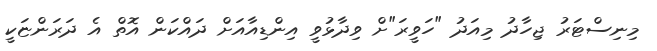
މިނިސްޓަރު ޖިހާދު މިއަދު "ހަވީރަ"ށް ވިދާޅުވީ އިންޑިއާއަށް ދައްކަން އޮތް އެ ދަރަންޏަކީ